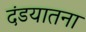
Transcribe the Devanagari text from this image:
दंडयातना